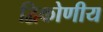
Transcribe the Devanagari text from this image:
द्विकोणीय